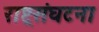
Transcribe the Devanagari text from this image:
राष्ट्रसंघटना